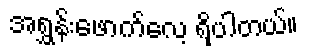
အရွှန်းဖောက်လေ့ ရှိပါတယ်။